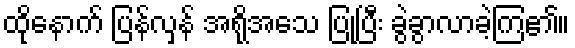
ထိုနောက် ပြန်လှန် အရိုအသေ ပြုပြီး ခွဲခွာလာခဲ့ကြ၏။